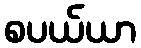
စပယ်ယာ